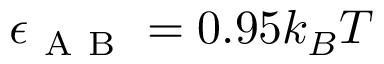
\epsilon _ { \mathrm { ~ A ~ B ~ } } = 0 . 9 5 k _ { B } T